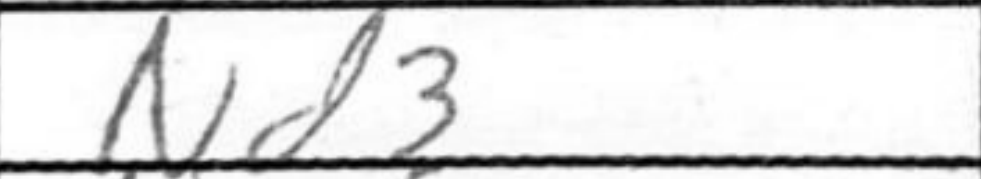
Transcription: Nd3